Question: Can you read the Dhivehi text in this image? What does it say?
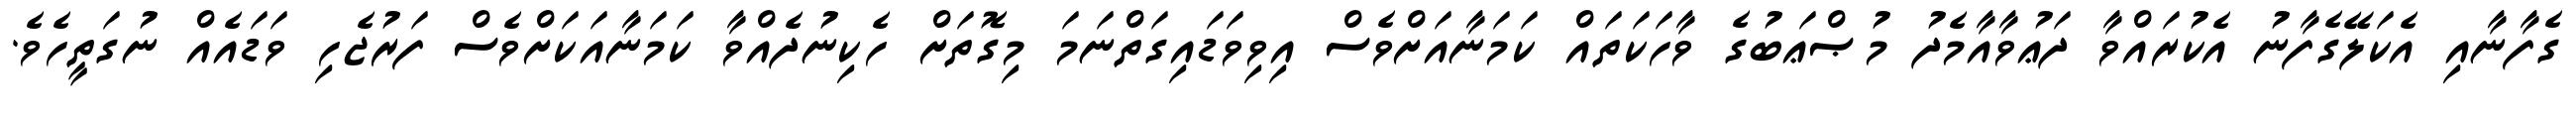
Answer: ގެފާނާއި އެކަލޭގެފާނު އެކުރައްވާ ދަޢުވާއާމެދު މުޞްޢަބުގެ ވާހަކަތައް ކަމަނާއަށްވެސް އިވިވަޑައިގަތްނަމަ މިގޮތަށް ހެކިނުދެއްވާ ކަމަނާއަކަށްވެސް ފަރުޖެހި ވަޑައެއް ނުގަތީހެވެ.